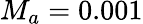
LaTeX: M_{a}=0.001